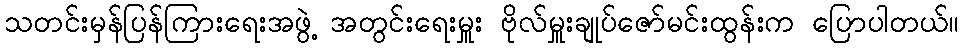
သတင်းမှန်ပြန်ကြားရေးအဖွဲ့ အတွင်းရေးမှူး ဗိုလ်မှူးချုပ်ဇော်မင်းထွန်းက ပြောပါတယ်။